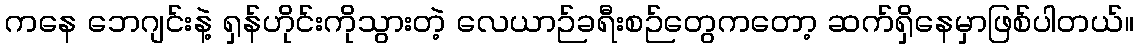
ကနေ ဘေဂျင်းနဲ့ ရှန်ဟိုင်းကိုသွားတဲ့ လေယာဉ်ခရီးစဉ်တွေကတော့ ဆက်ရှိနေမှာဖြစ်ပါတယ်။